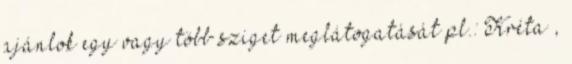
ajánlok egy vagy több sziget meglátogatását pl.: Kréta ,